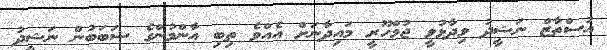
އުސްތާޒް ނަޝީދު ވިދާޅުވީ ޖުމްހޫރީ މައިދާނަށް އެއްވެ ތިބި އާންމުންގެ ސަބަބުން ނަޝީދު